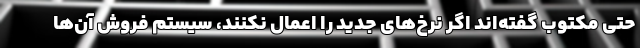
حتی مکتوب گفته‌اند اگر نرخ‌های جدید را اعمال نکنند، سیستم فروش آن‌ها